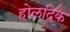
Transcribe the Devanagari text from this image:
होलदिक